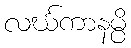
လင်္ဃကာနမ္ပိ